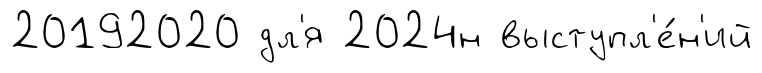
20192020 дл'я 2024н выступл'е́н'ий